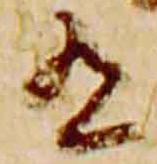
有